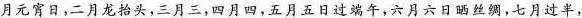
\underline{月元宵日,二月龙抬头,三月三,四月四，五月五日过端午,六月六日晒丝绸，七月过半，}